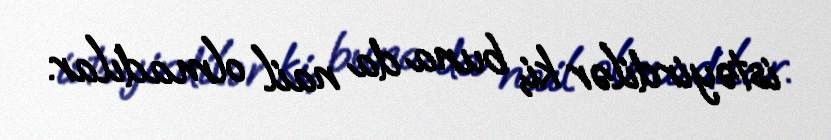
istəyirdilər ki, buna da nail olmadılar.